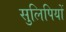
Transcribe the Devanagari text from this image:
सुलिपियों